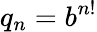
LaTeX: q_{n}=b^{n!}